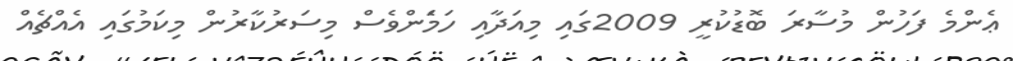
ޢެންމެ ފަހުން މުސާރަ ބޮޑުކުރީ 2009ގައި މިއަދާއި ހަމަެންވެސް މިސަރުކާރުން މިކަމުގައި އެއްޗެއް